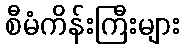
စီမံကိန်းကြီးများ